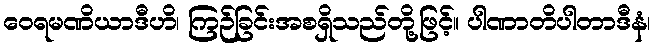
ဝေရမဏိယာဒီဟိ၊ ကြဉ်ခြင်းအစရှိသည်တို့ဖြင့်။ ပါဏာတိပါတာဒီနံ၊